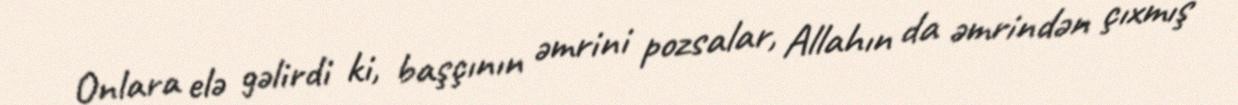
Onlara elə gəlirdi ki, başçının əmrini pozsalar, Allahın da əmrindən çıxmış